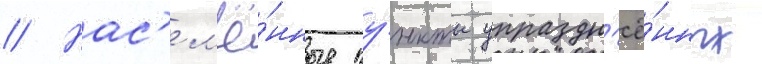
// Нас'ел'ё́нные пу́нкты упраздн'ё́нных